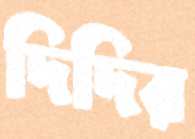
দিদির